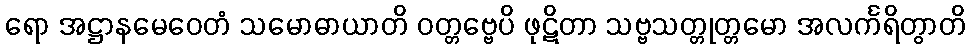
ရော အဋ္ဌာနမေဝေတံ သမောဓာယာတိ ဝတ္တဗ္ဗေပိ ဖုဋိတာ သဗ္ဗသတ္တုတ္တမော အလင်္ကရိတွာတိ